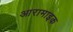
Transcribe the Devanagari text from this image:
आरामाइक